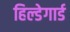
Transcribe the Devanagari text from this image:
हिल्डेगार्ड